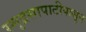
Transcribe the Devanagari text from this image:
स्मुद्रसापाटीपासून